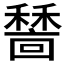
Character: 𥢺